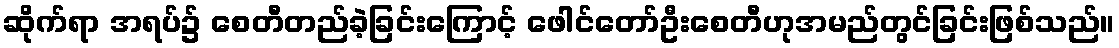
ဆိုက်ရာ အရပ်၌ စေတီတည်ခဲ့ခြင်းကြောင့် ဖေါင်တော်ဦးစေတီဟုအမည်တွင်ခြင်းဖြစ်သည်။